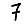
Digit: 7